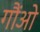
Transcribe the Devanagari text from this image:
गौंओ